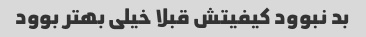
بد نبوود کیفیتش قبلا خیلی بهتر بوود